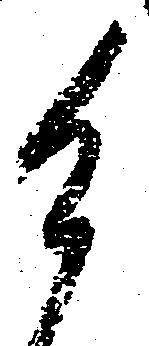
御